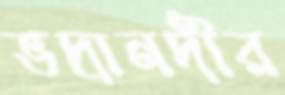
ভদ্রানদীর